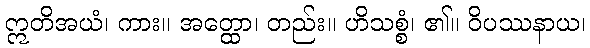
ဣတိအယံ၊ ကား။ အတ္ထော၊ တည်း။ ဟိသစ္စံ၊ ၏။ ဝိပဿနာယ၊